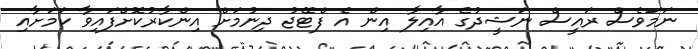
ނަމަވެސް ރައީސް ނަޝީދުގެ އާއިލާ އިން އެ ފްޓޭޖު ދިނުމަށް އިންކާރުކޮށްފައިވާ ކަމަށާއި